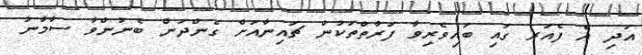
އަދި އެ ފެއަރ ގައި ބައިވެރިވާ ފަރާތްތަކުން ޗައިނާއަށް ގެންދަން ބެނުންވާ ސާމާނު